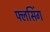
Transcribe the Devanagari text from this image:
फ्लसिंग